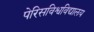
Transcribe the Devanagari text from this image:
पेरिसविश्वविद्यालय